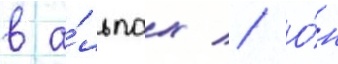
в а́льпах // О́н